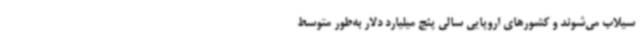
سیلاب می‌شوند و کشورهای اروپایی سالی پنج میلیارد دلار به‌طور متوسط